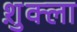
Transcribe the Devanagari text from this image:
श़ुक्ला